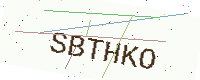
Text: SBTHKO